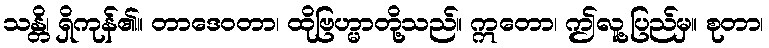
သန္တိ၊ ရှိကုန်၏။ တာဒေဝတာ၊ ထိုဗြဟ္မာတို့သည်။ ဣတော၊ ဤလူ့ပြည်မှ။ စုတာ၊